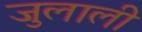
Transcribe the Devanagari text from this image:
जुलाली